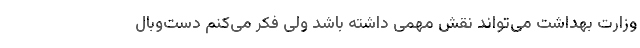
وزارت بهداشت می‌تواند نقش مهمی داشته باشد ولی فکر می‌کنم دست‌وبال